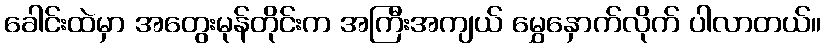
ခေါင်းထဲမှာ အတွေးမုန်တိုင်းက အကြီးအကျယ် မွှေနှောက်လိုက် ပါလာတယ်။